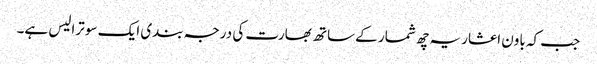
جب کہ باون اعشاریہ چھ شمار کے ساتھ بھارت کی درجہ بندی ایک سو ترالیس ہے۔